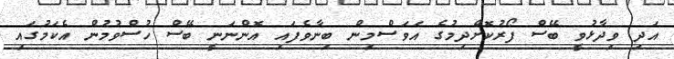
އަދި ވިދާޅުވީ ބޭސް ފޯރުކޮށްދިމުގެ އަވަސްމިން ބިނާވެފައި އޮންނަނީ ބޭސް ހުސްވުމުން އެކަމުގައި